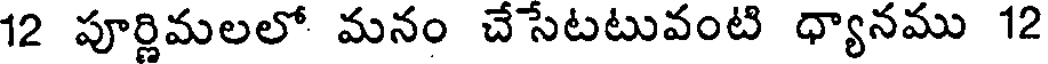
12 పూర్ణిమలలో మనం చేసేటటువంటి ధ్యానము 12